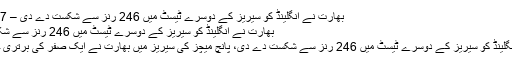
بھارت نے انگلینڈ کو سیریز کے دوسرے ٹیسٹ میں 246 رنز سے شکست دے دی – 7 News Tv
بھارت نے انگلینڈ کو سیریز کے دوسرے ٹیسٹ میں 246 رنز سے شکست دے دی
بھارت نے انگلینڈ کو سیریز کے دوسرے ٹیسٹ میں 246 رنز سے شکست دے دی، پانچ میچز کی سیریز میں بھارت نے ایک صفر کی برتری حاصل کرلی۔